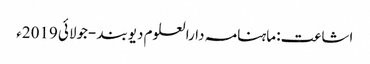
اشاعت: ماہنامہ دارالعلوم دیوبند -جولائی 2019ء